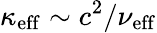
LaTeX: \kappa_{\mathrm{eff}}\sim c^{2}/\nu_{\mathrm{eff}}